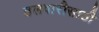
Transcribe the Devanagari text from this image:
तलवारीसाठी